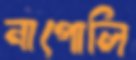
নাপোলি